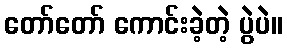
တော်တော် ကောင်းခဲ့တဲ့ ပွဲပဲ။